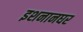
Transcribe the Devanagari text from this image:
इशनानघर